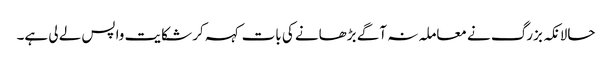
حالانکہ بزرگ نے معاملہ نہ آگے بڑھانے کی بات کہہ کر شکایت واپس لے لی ہے۔